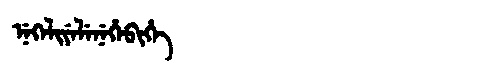
Manchu: ᠨᡝᡴᡝᠯᡳᠶᡝᠯᡝᠨᡝᡥᡝᠪᡳᡥᡝ
Romanization: NEKELIYELENEHEBIHE